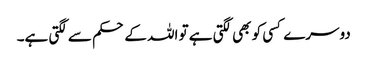
دوسرے کسی کو بھی لگتی ہے تو اللہ کے حکم سے لگتی ہے۔